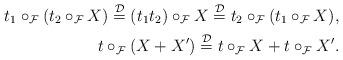
LaTeX: \begin{align*} t_1\circ_\mathcal{F}(t_2\circ_\mathcal{F}X)\stackrel{\mathcal{D}} =(t_1t_2)\circ_\mathcal{F}X\stackrel{\mathcal{D}} =t_2\circ_\mathcal{F}(t_1\circ_\mathcal{F}X), \\ t\circ_\mathcal{F}(X+X')\stackrel{\mathcal{D}} =t\circ_\mathcal{F}X + t\circ_\mathcal{F}X'.\end{align*}